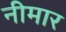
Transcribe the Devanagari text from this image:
नीमार